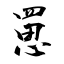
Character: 罳